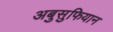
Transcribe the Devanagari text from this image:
अबुसुफियान